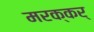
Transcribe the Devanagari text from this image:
मरक्कर्